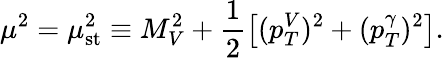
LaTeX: \mu^{2}=\mu_{\mathrm{st}}^{2}\equiv M_{V}^{2}+\frac{1}{2}\left[(p_{T}^{V})^{2}+(p_{T}^{\gamma})^{2}\right].